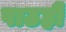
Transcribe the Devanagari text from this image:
पाठही